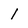
Character: l